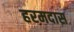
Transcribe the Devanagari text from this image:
हरमदास